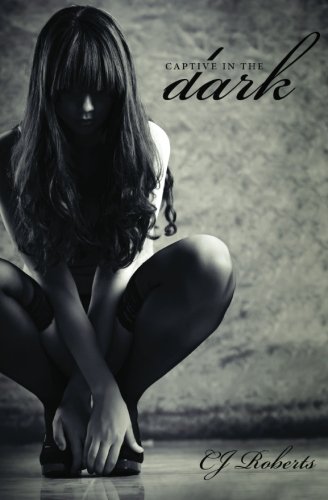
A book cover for Captive in the Dark: The Dark Duet; CJ Roberts; Romance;